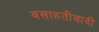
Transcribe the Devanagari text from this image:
वसाहतीवादी